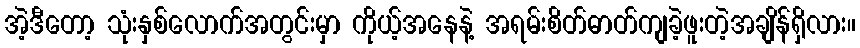
အဲ့ဒီတော့ သုံးနှစ်လောက်အတွင်းမှာ ကိုယ့်အနေနဲ့ အရမ်းစိတ်ဓာတ်ကျခဲ့ဖူးတဲ့အချိန်ရှိလား။